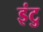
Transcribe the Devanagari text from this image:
इंटु